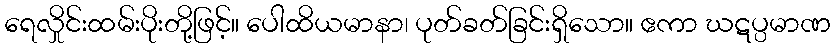
ရေလှိုင်းထမ်းပိုးတို့ဖြင့်။ ပေါထိယမာနာ၊ ပုတ်ခတ်ခြင်းရှိသော။ ဧကာ ဃဋပ္ပမာဏ